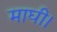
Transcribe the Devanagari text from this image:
माघी।